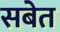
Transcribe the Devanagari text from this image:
सबेत